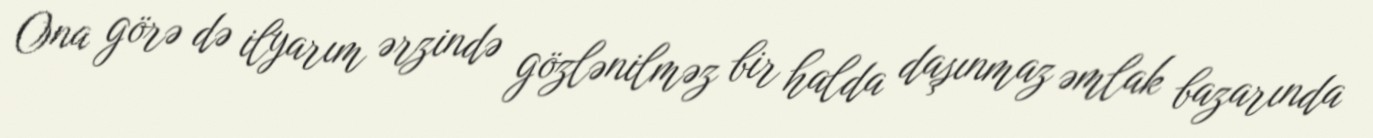
Ona görə də ilyarım ərzində gözlənilməz bir halda daşınmaz əmlak bazarında